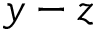
y - z